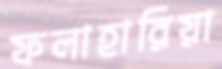
ফলাহারিয়া